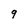
Character: 9